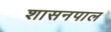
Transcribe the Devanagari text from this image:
शासनपाल